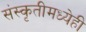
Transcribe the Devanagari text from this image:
संस्कृतीमध्येही